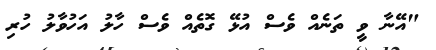
"އޭނާ ވީ ތަނެއް ވެސް އުޅޭ ގޮތެއް ވެސް ހާލު އަހުވާލު ހުރި